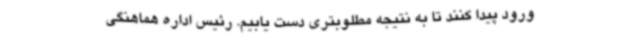
ورود پیدا کنند تا به نتیجه مطلوبتری دست یابیم. رئیس اداره هماهنگی